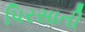
પિરસાતી